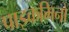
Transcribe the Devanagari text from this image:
पाइकमिनो